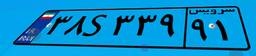
۳۸S۳۳۹۹۱